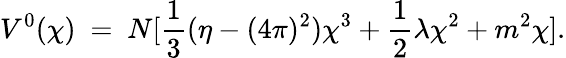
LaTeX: V^{0}(\chi)~=~N[{\frac{1}{3}}({\eta-(4\pi)^{2}})\chi^{3}+{\frac{1}{2}}\lambda\chi^{2}+m^{2}\chi].